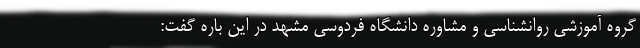
گروه آموزشی روانشناسی و مشاوره دانشگاه فردوسی مشهد در این باره گفت: